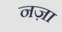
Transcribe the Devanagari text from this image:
नज़ा